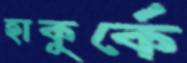
হাকুর্কে